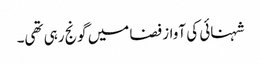
شہنائی کی آواز فضا میں گونج رہی تھی۔